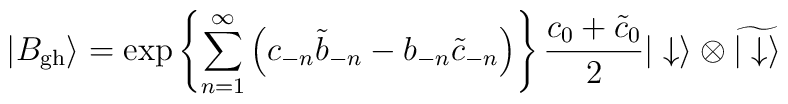
| B_{\rm gh} \rangle = \exp\left\{        \sum_{n=1}^\infty         \left(         c_{-n} {\tilde b}_{-n} - b_{-n} {\tilde c}_{-n}         \right)       \right\}    {{c_0+{\tilde c}_0} \over 2}   | \downarrow \rangle \otimes \widetilde{ | \downarrow \rangle}